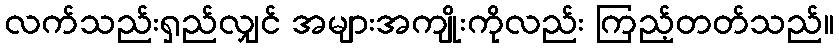
လက်သည်းရှည်လျှင် အများအကျိုးကိုလည်း ကြည့်တတ်သည်။